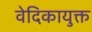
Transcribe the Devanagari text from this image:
वेदिकायुक्त